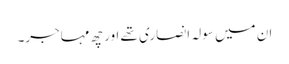
ان میں سولہ انصاری تھے اور چھ مہاجر۔